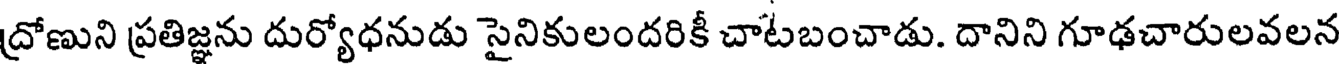
ద్రోణుని ప్రతిజ్ఞను దుర్యోధనుడు సైనికులందరికీ చాటబంచాడు. దానిని గూఢచారులవలన